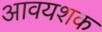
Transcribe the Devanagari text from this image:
आवयशक